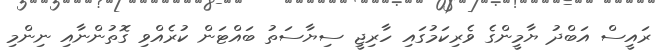
ރައީސް އަބްދު ޔާމީންގެ ވެރިކަމުގައި ހާރިޖީ ސިޔާސަތު ބައްޓަން ކުރެއްވި ގޮތުންނާއި ނިންމި